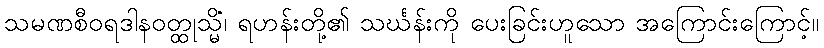
သမဏစီဝရဒါနဝတ္ထုသ္မိံ၊ ရဟန်းတို့၏ သင်္ဃန်းကို ပေးခြင်းဟူသော အကြောင်းကြောင့်။